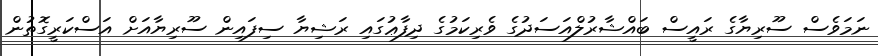
ނަމަވެސް ސޫރިޔާގެ ރައީސް ބައްޝާރުލްއަސަދުގެ ވެރިކަމުގެ ދިފާޢުގައި ރަޝިޔާ ސިފައިން ސޫރިޔާއަށް އަސްކަރީގޮތުން